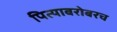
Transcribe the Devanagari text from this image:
पित्याबरोबरच